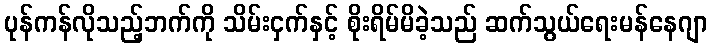
ပုန်ကန်လိုသည့်ဘက်ကို သိမ်းငှက်နှင့် စိုးရိမ်မိခဲ့သည် ဆက်သွယ်ရေးမန်နေဂျာ